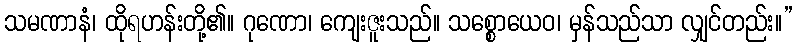
သမဏာနံ၊ ထိုရဟန်းတို့၏။ ဂုဏော၊ ကျေးဇူးသည်။ သစ္စောယေဝ၊ မှန်သည်သာ လျှင်တည်း။”